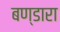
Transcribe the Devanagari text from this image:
बण्डारा